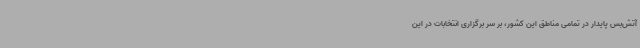
آتش‌بس پایدار در تمامی مناطق این کشور، بر سر برگزاری انتخابات در این